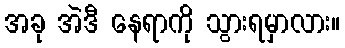
အခု အဲဒီ နေရာကို သွားရမှာလား။